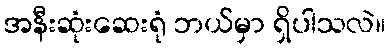
အနီးဆုံးဆေးရုံ ဘယ်မှာ ရှိပါသလဲ။